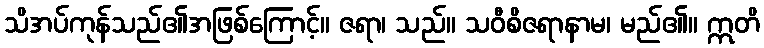
သိအပ်ကုန်သည်၏အဖြစ်ကြောင့်။ ဇရာ၊ သည်။ သဝီစိဇရာနာမ၊ မည်၏။ ဣတိ